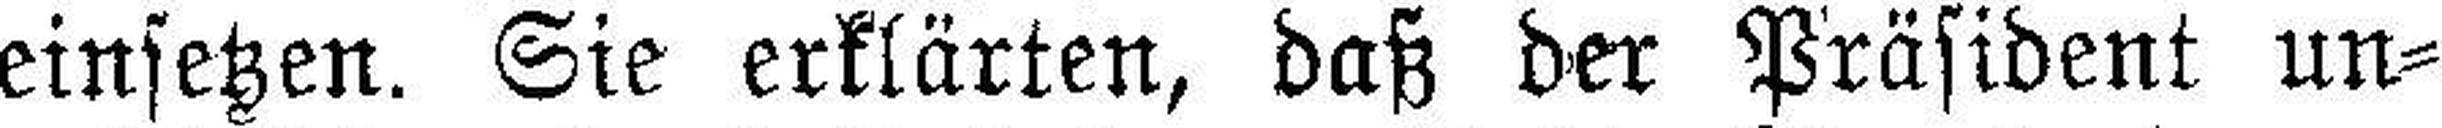
einsetzen. Sie erklärten, daß der Präsident un¬